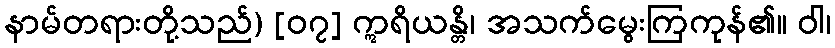
နာမ်တရားတို့သည်) [၀၇] ဣရိယန္တိ၊ အသက်မွေးကြကုန်၏။ ဝါ၊